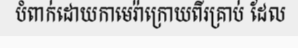
បំពាក់ដោយកាមេរ៉ាក្រោយពីរគ្រាប់ ដែល